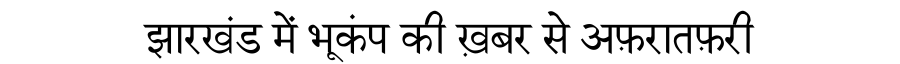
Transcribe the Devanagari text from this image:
झारखंड में भूकंप की ख़बर से अफ़रातफ़री